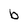
Character: b